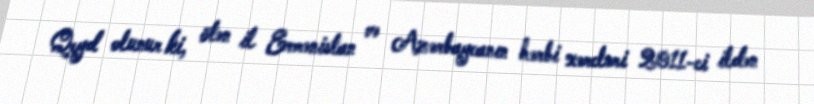
Qeyd olunur ki, ötən il Ermənistan və Azərbaycanın hərbi xərcləri 2011-ci ildən